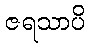
ဇရသာပိ